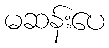
မဆန်းပေ